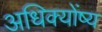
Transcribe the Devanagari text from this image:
अधिक्योंष्य